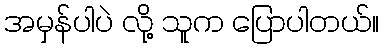
အမှန်ပါပဲ လို့ သူက ပြောပါတယ်။